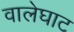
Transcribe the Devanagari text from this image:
वालेघाट